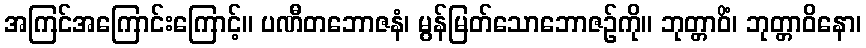
အကြင်အကြောင်းကြောင့်။ ပဏီတဘောဇနံ၊ မွန်မြတ်သောဘောဇဉ်ကို။ ဘုတ္တာဝိံ၊ ဘုတ္တာဝိနော၊